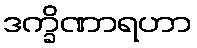
ဒက္ခိဏာရဟာ